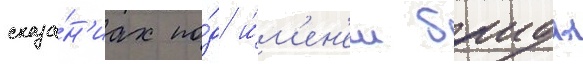
сказа́н'иах по́д и́м'ен'ем баиды